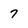
Character: 7